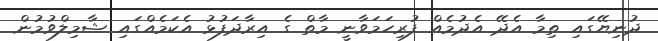
ދުނިޔޭގައި ތިމާ އެދޭ އެދުމެއް ފުރިހަމަވާނީ މާތް ގެ އިރާދަފުޅު އެކަމެއްގައި ޝާމިލްވުމުން